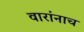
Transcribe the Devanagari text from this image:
वारांनाच